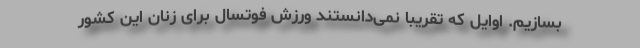
بسازیم. اوایل که تقریبا نمی‌دانستند ورزش فوتسال برای زنان این کشور